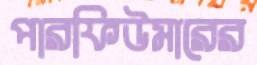
পারফিউমারের